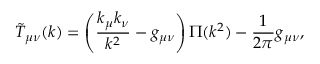
\tilde { T } _ { \mu \nu } ( k ) = \left( \frac { k _ { \mu } k _ { \nu } } { k ^ { 2 } } - g _ { \mu \nu } \right) \Pi ( k ^ { 2 } ) - \frac { 1 } { 2 \pi } g _ { \mu \nu } ,